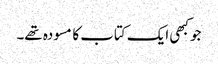
جو کبھی ایک کتاب کا مسودہ تھے۔